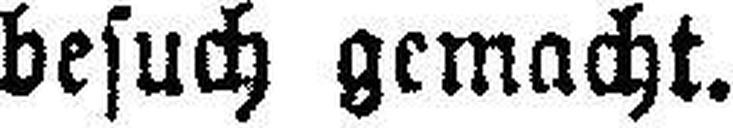
besuch gemacht.